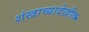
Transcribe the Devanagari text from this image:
शंखाच्यादेखील